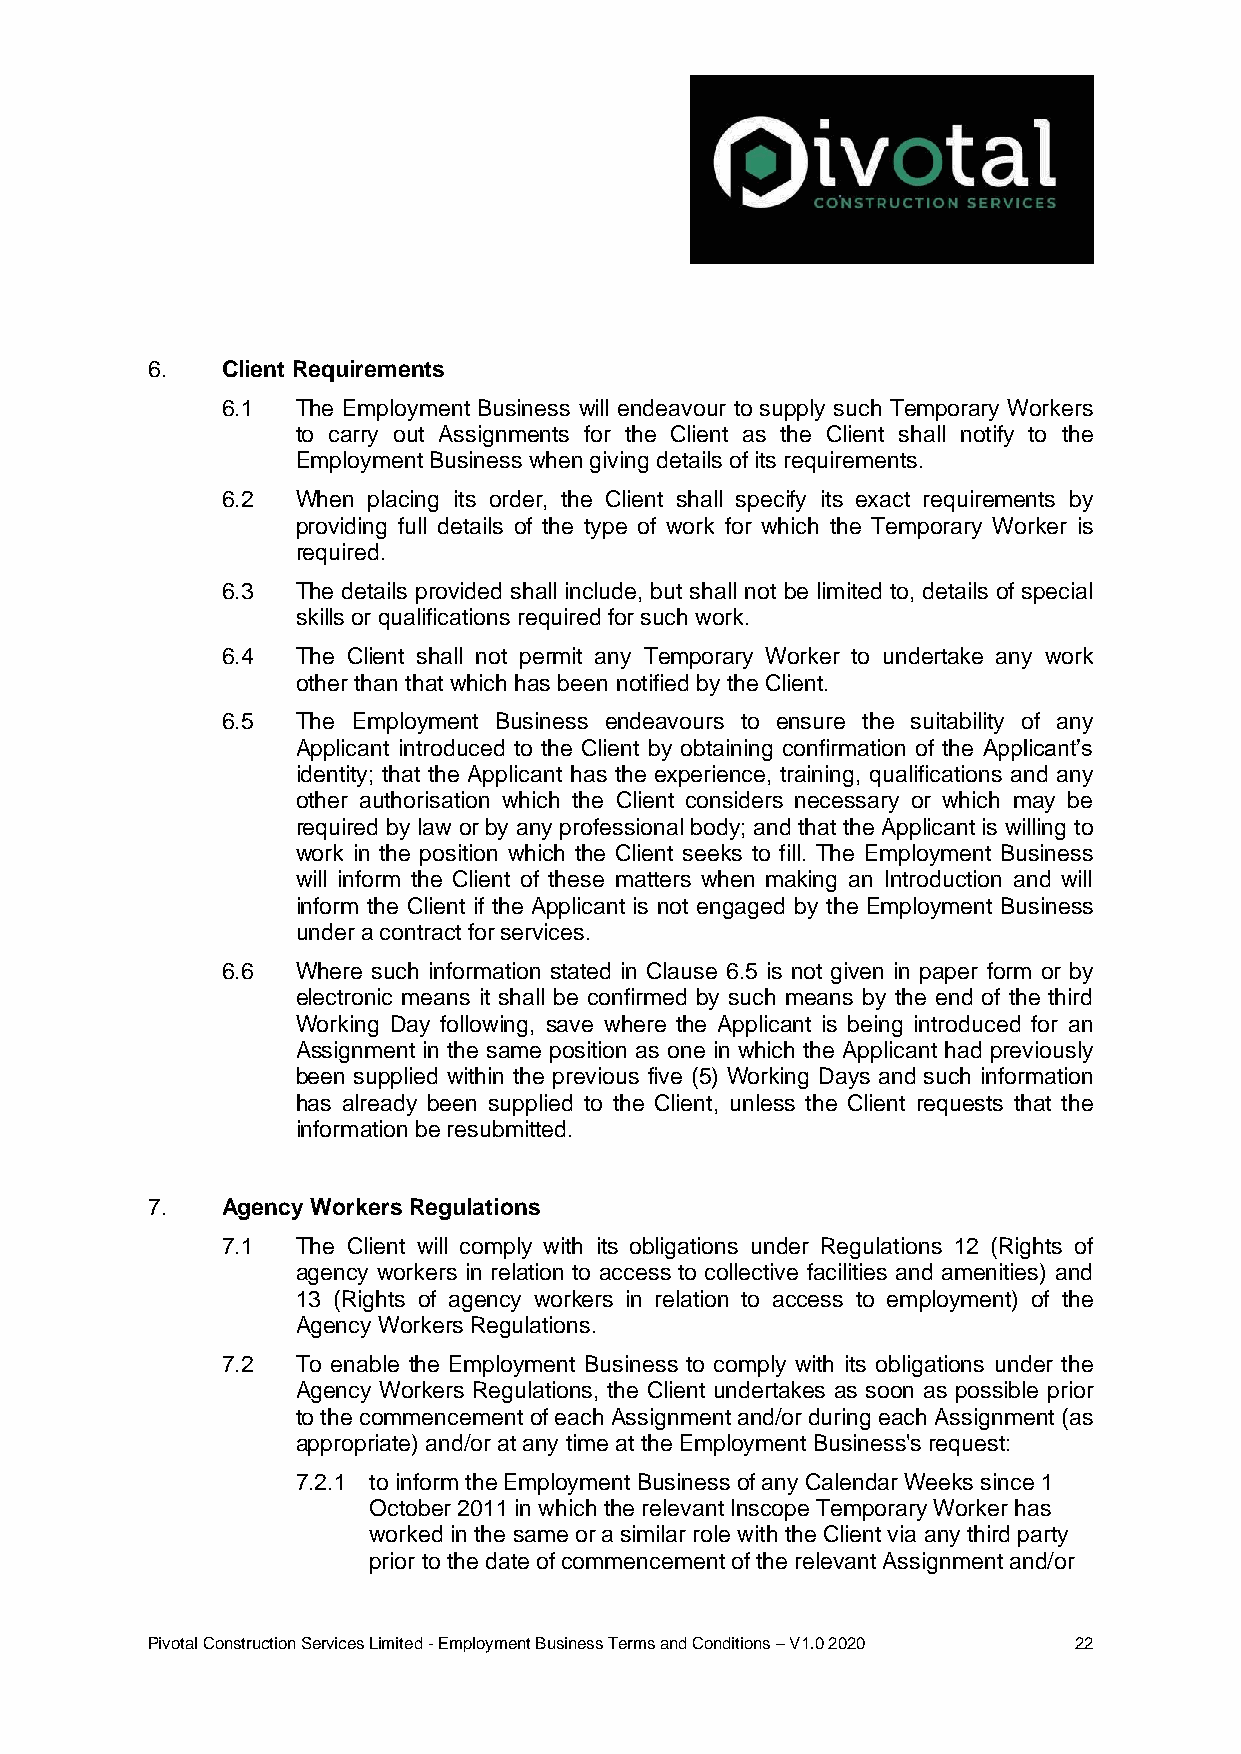
6.   Client Requirements
 6.1  The Employment Business will endeavour to supply such Temporary Workers
 to carry out Assignments for the Client as the Client shall notify to the
 Employment Business when giving details of its requirements.
 6.2  When placing its order, the Client shall specify its exact requirements by
 providing full details of the type of work for which the Temporary Worker is
 required.
 6.3  The details provided shall include, but shall not be limited to, details of special
 skills or qualifications required for such work.
 6.4  The Client shall not permit any Temporary Worker to undertake any work
 other than that which has been notified by the Client.
 6.5  The Employment Business endeavours to ensure the suitability of any
 Applicant introduced to the Client by obtaining confirmation of the Applicant’s
 identity; that the Applicant has the experience, training, qualifications and any
 other authorisation which the Client considers necessary or which may be
 required by law or by any professional body; and that the Applicant is willing to
 work in the position which the Client seeks to fill. The Employment Business
 will inform the Client of these matters when making an Introduction and will
 inform the Client if the Applicant is not engaged by the Employment Business
 under a contract for services.
 6.6  Where such information stated in Clause 6.5 is not given in paper form or by
 electronic means it shall be confirmed by such means by the end of the third
 Working Day following, save where the Applicant is being introduced for an
 Assignment in the same position as one in which the Applicant had previously
 been supplied within the previous five (5) Working Days and such information
 has already been supplied to the Client, unless the Client requests that the
 information be resubmitted.
 7.   Agency Workers Regulations
 7.1  The Client will comply with its obligations under Regulations 12 (Rights of
 agency workers in relation to access to collective facilities and amenities) and
 13 (Rights of agency workers in relation to access to employment) of the
 Agency Workers Regulations.
 7.2  To enable the Employment Business to comply with its obligations under the
 Agency Workers Regulations, the Client undertakes as soon as possible prior
 to the commencement of each Assignment and/or during each Assignment (as
 appropriate) and/or at any time at the Employment Business's request:
 7.2.1 to inform the Employment Business of any Calendar Weeks since 1
 October 2011 in which the relevant Inscope Temporary Worker has
 worked in the same or a similar role with the Client via any third party
 prior to the date of commencement of the relevant Assignment and/or
 Pivotal Construction Services Limited - Employment Business Terms and Conditions – V1.0 2020 22